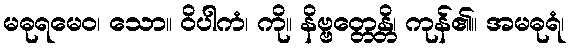
မဓုရမေဝ၊ သော။ ဝိပါကံ၊ ကို။ နိဗ္ဗတ္တေန္တိ၊ ကုန်၏။ အမဓုရံ၊